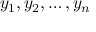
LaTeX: y _ { 1 } , y _ { 2 } , \ldots , y _ { n }